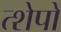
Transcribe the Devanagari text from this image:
त्शेपो